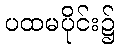
ပထမပိုင်း၌